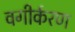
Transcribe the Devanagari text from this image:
वगीर्करण